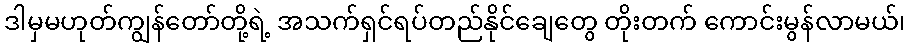
ဒါမှမဟုတ်ကျွန်တော်တို့ရဲ့ အသက်ရှင်ရပ်တည်နိုင်ချေတွေ တိုးတက် ကောင်းမွန်လာမယ်၊